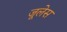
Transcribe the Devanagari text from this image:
जूलेस